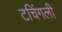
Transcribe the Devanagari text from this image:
टचिंगली